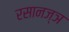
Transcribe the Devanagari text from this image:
रसानज्ञ